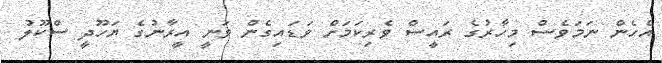
އެހެން ނަމަވެސް މިހާރުގެ ރައީސް ވެރިކަމަށް ވަޑައިގެން ވަނީ އީރާނުގެ ޔަހޫދީ ސްކޫލު